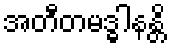
အတီတမဒ္ဓါနန္တိ